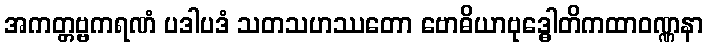
အကတ္တဗ္ဗကရဏံ ပဒါပဒံ သတသဟဿတော ဗောဓိယာဗုဒ္ဓေါတိကထာဝဏ္ဏနာ